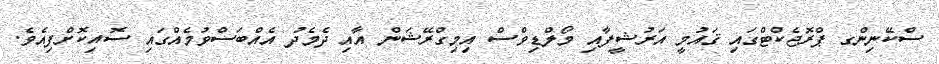
ސްކޭނިންގ ޕްރޮޖެކްޓްގައި ޤައުމީ އަރުޝީފާއި މޯލްޑިވްސް އިމިގްރޭޝަން އާއި ދެމެދު އެއްބަސްވުމެއްގައި ސޮއިކޮށްފިއެވެ.